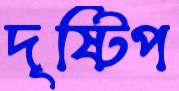
দৃষ্টিপ